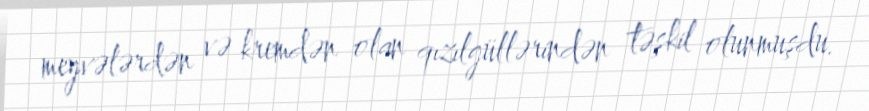
meyvələrdən və kremdən olan qızılgüllərindən təşkil olunmuşdu.